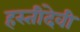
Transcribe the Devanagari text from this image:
हस्तीदेवी